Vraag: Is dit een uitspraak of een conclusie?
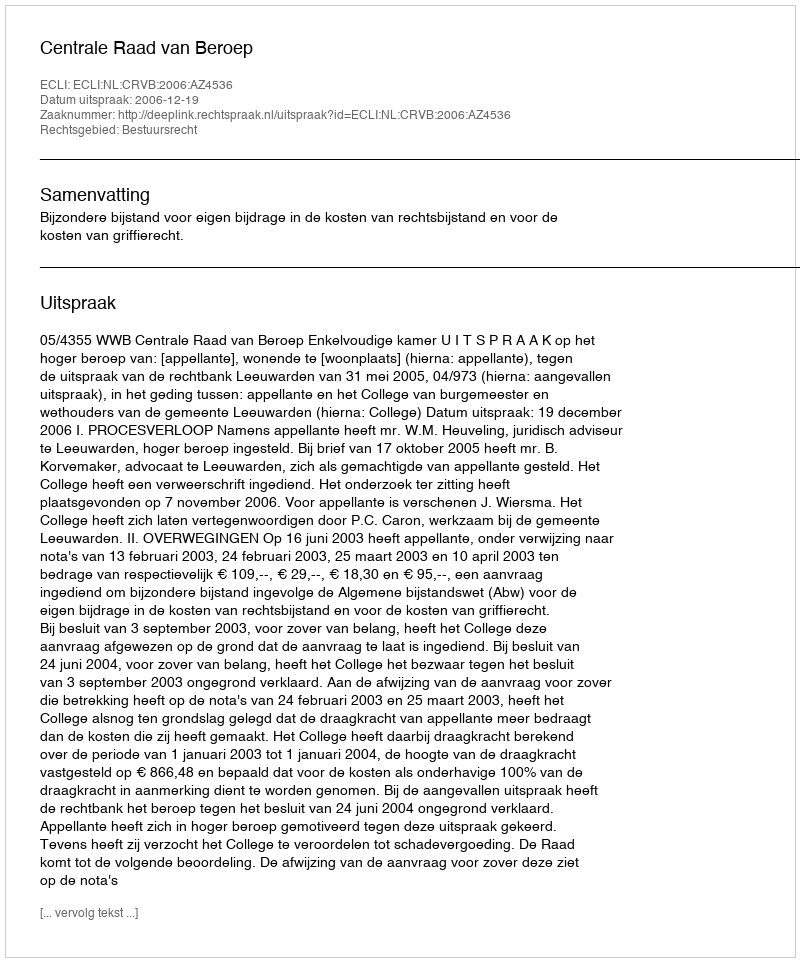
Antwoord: Uitspraak